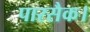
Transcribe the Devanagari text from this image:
पारसैक।